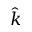
\hat { k }